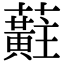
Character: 蘣